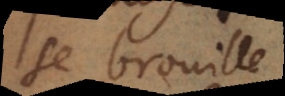
se brouille